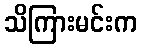
သိကြားမင်းက